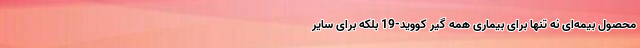
محصول بیمه‌ای نه تنها برای بیماری همه گیر کووید-19 بلکه برای سایر